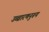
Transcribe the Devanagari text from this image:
उच्चारणनुरूप